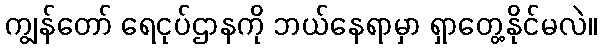
ကျွန်တော် ရေငုပ်ဌာနကို ဘယ်နေရာမှာ ရှာတွေ့နိုင်မလဲ။